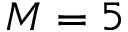
M = 5